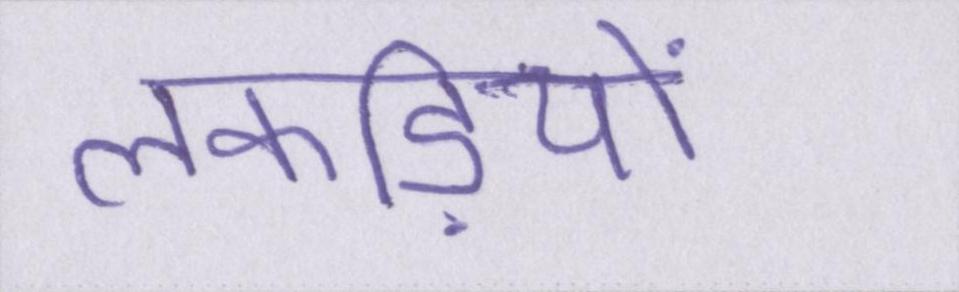
लकड़ियों